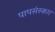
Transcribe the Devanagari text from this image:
पापसंस्कार